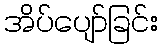
အိပ်ပျော်ခြင်း